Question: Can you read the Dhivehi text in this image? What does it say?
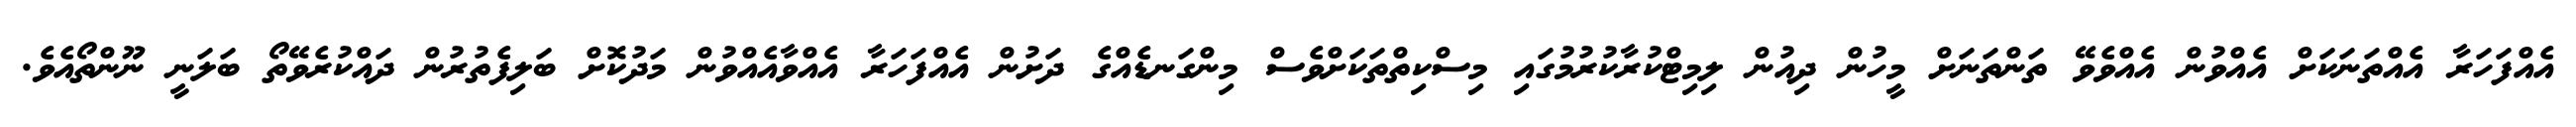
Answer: އެއްފަހަރާ އެއްތަނަކަށް އެއްވުން އެއްވެވޭ ތަންތަނަށް މީހުން ދިއުން ލިމިޓްކުރާކުރުމުގައި މިސްކިތްތަކަށްވެސް މިންގަނޑެއްގެ ދަށުން އެއްފަހަރާ އެއްވާއެއްވުން މަދުކޮށް ބަލިފެތުރުން ދައްކުރެވޭތޯ ބަލަނީ ނޫންތޯއެވެ.